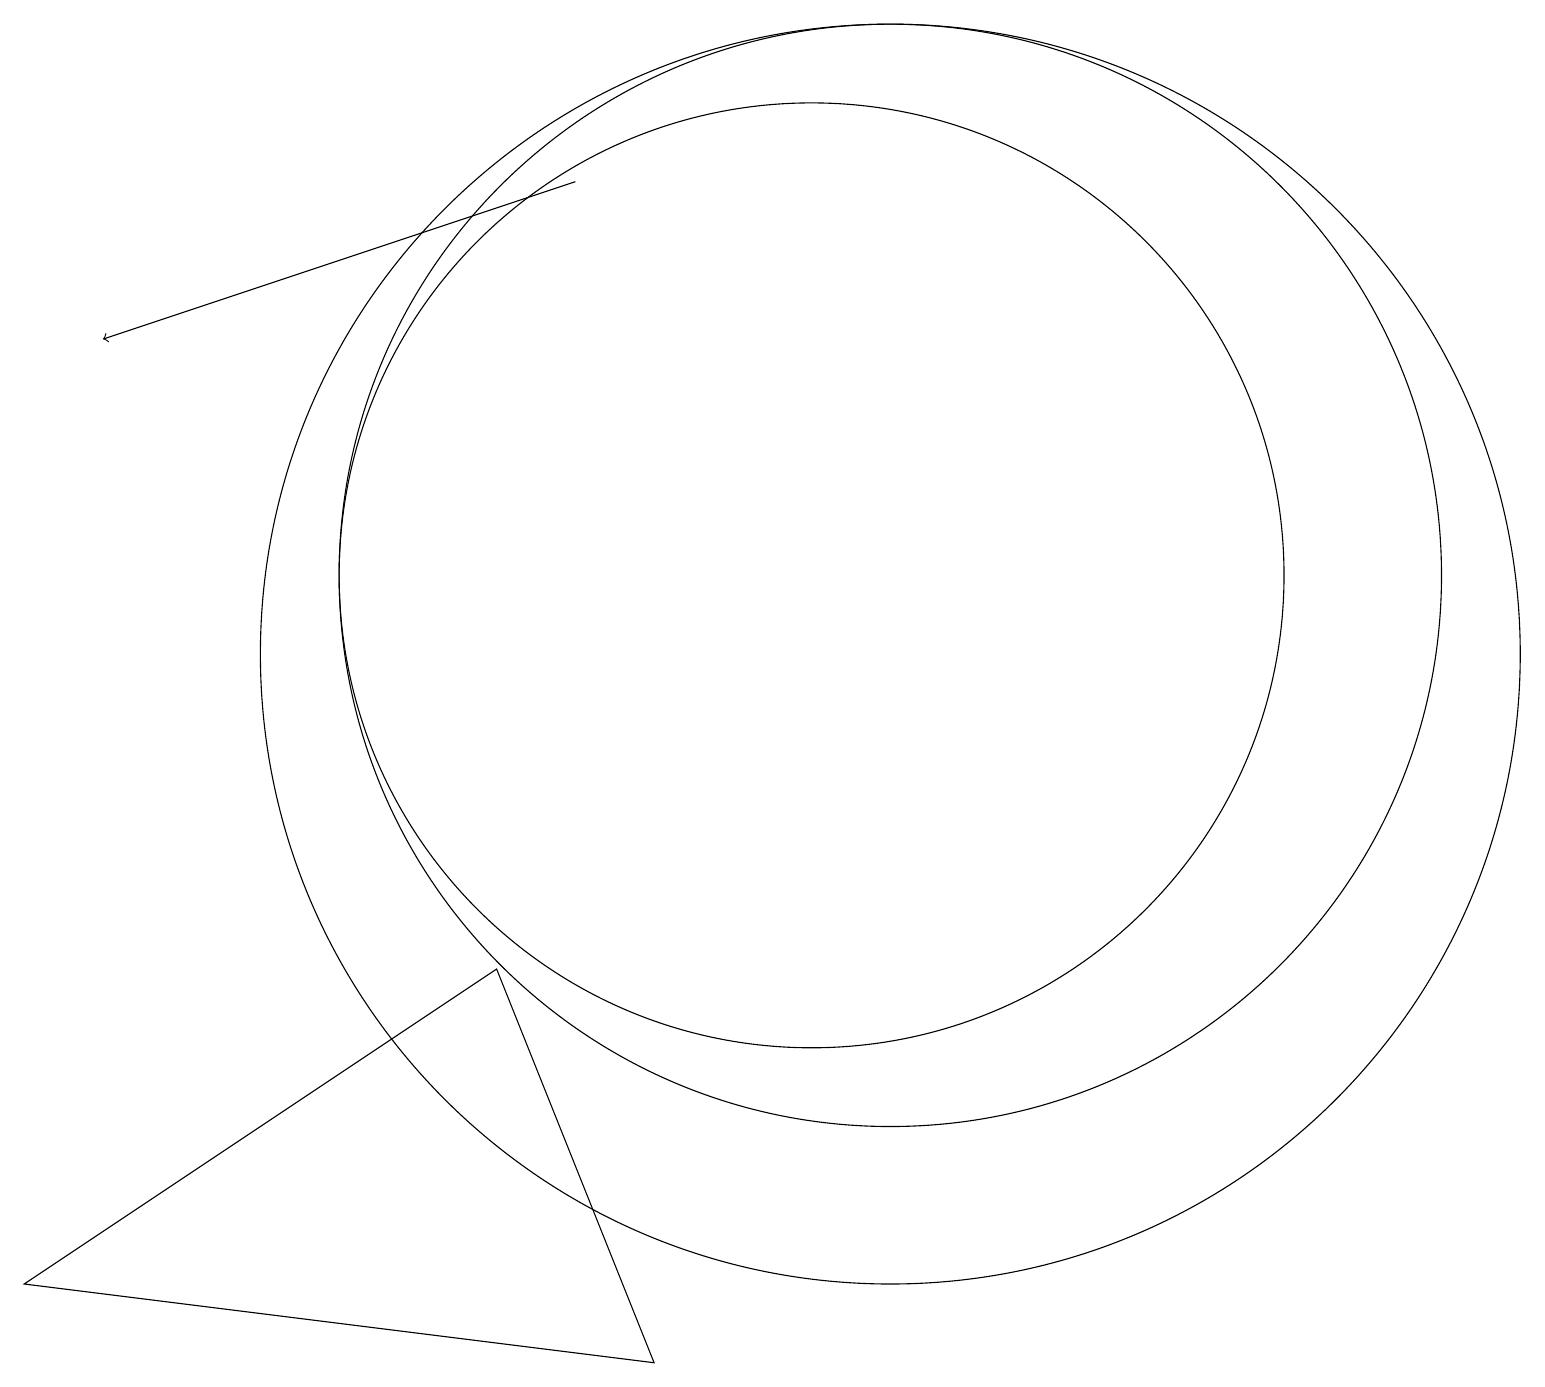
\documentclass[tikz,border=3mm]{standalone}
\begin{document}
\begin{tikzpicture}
\draw (8,13) rectangle (8,13);
\draw (6,6) -- (0,2) -- (8,1) -- cycle;
\draw (11,11) circle (7);
\draw[->] (7,16) -- (1,14);
\draw (11,10) circle (8);
\draw (10,11) circle (6);
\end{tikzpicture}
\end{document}